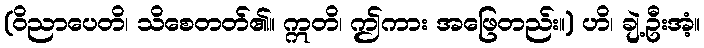
(ဝိညာပေတိ၊ သိစေတတ်၏။ ဣတိ၊ ဤကား အဖြေတည်း။) ဟိ၊ ချဲ့ဦးအံ့။